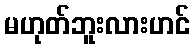
မဟုတ်ဘူးလားဟင်